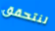
لنتحقق